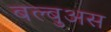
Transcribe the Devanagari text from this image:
बल्बुअस